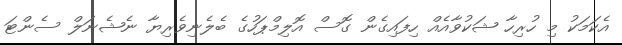
އެކަމަކު މި ހުރިހާ ޝަކުވާއެއް ހިފައިގެން ގޮސް އޮލިމްޕަހުގެ ބެލެނިވެރިޔާ ނެޝެނަލް ސެންޓަ